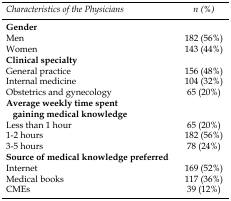
| Characteristics of the Physicians | n (%) |
 | --- | --- |
 | Gender |  |
 | Men | 182 (56%) |
 | Women | 143 (44%) |
 | Clinical specialty |  |
 | General practice | 156 (48%) |
 | Internal medicine | 104 (32%) |
 | Obstetrics and gynecology | 65 (20%) |
 | Average weekly time spent gaining medical knowledge |  |
 | Less than 1 hour | 65 (20%) |
 | 1-2 hours | 182 (56%) |
 | 3-5 hours | 78 (24%) |
 | Source of medical knowledge preferred |  |
 | Internet | 169 (52%) |
 | Medical books | 117 (36%) |
 | CMEs | 39 (12%) |